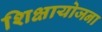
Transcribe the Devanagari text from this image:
शिक्षायोजना